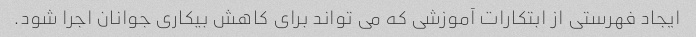
ایجاد فهرستی از ابتکارات آموزشی که می تواند برای کاهش بیکاری جوانان اجرا شود.